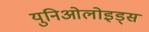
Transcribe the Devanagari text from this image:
युनिओलोइड्स